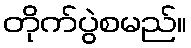
တိုက်ပွဲစမည်။